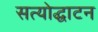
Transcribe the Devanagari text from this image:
सत्योद्घाटन